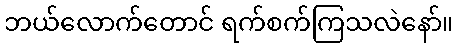
ဘယ်လောက်တောင် ရက်စက်ကြသလဲနော်။